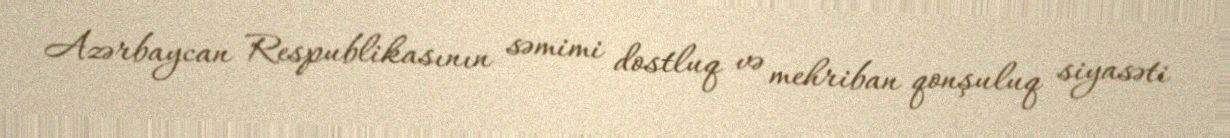
Azərbaycan Respublikasının səmimi dostluq və mehriban qonşuluq siyasəti